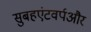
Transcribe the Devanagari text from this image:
सुबहएंटवर्पऔर